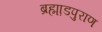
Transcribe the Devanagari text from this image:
ब्रह्मा़डपुराण